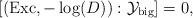
LaTeX: \begin{align*}[ ( \mathrm{Exc} , - \log(D)) : \mathcal{Y}_\mathrm{big} ] = 0,\end{align*}